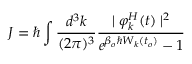
J = \hbar \int \frac { d ^ { 3 } k } { ( 2 \pi ) ^ { 3 } } \frac { \mid \varphi _ { k } ^ { H } ( t ) \mid ^ { 2 } } { e ^ { \beta _ { o } \hbar { \cal { W } } _ { k } ( t _ { o } ) } - 1 }